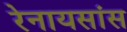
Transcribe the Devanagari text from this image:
रेनायसांस